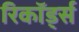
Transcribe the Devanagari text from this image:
रिकॉर्ड्स